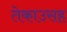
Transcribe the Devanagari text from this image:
तेकाउसह